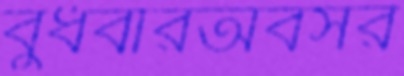
বুধবারঅবসর